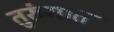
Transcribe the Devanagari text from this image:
तुरुंंगात